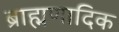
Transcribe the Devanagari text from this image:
ब्राह्मणादिक